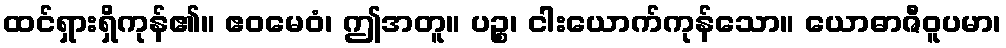
ထင်ရှားရှိကုန်၏။ ဧဝမေဝံ၊ ဤအတူ။ ပဉ္စ၊ ငါးယောက်ကုန်သော။ ယောဓာဇီဝူပမာ၊